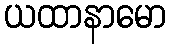
ယထာနာမော